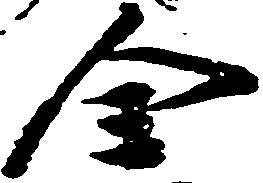
全